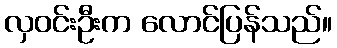
လှဝင်းဦးက လောင်ပြန်သည်။